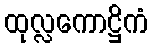
ထုလ္လကောဋ္ဌိကံ